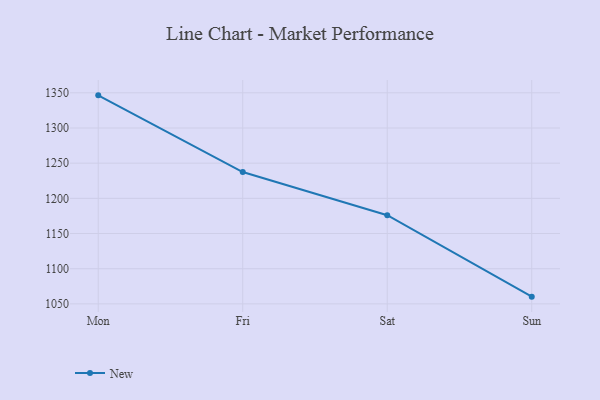
{"axis": {"x": "Day", "y": "Net Income (USD K)"}, "legend": ["New"], "data": [{"x": "Mon", "y": 1346.4, "type": "New"}, {"x": "Fri", "y": 1237.4, "type": "New"}, {"x": "Sat", "y": 1176.0, "type": "New"}, {"x": "Sun", "y": 1060.3, "type": "New"}]}